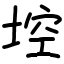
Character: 埪